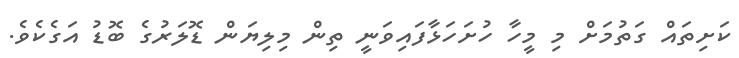
ކަށިތައް ގަތުމަށް މި މީހާ ހުށަހަޅާފައިވަނީ ތިން މިލިޔަން ޑޮލަރުގެ ބޮޑު އަގެކެވެ.